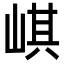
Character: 𡸷